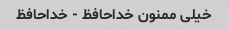
خیلی ممنون خداحافظ - خداحافظ